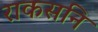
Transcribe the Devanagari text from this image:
राकसनि